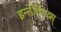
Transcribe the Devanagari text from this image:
इन्तेर्विएव्स्